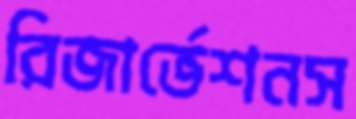
রিজার্ভেশনস